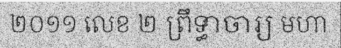
២០១១ លេខ ២ ព្រឹទ្ធាចារ្យ មហា